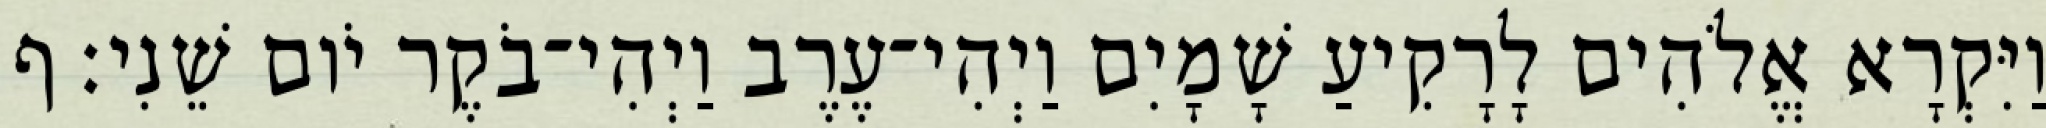
וַיִּקְרָא אֱלֹהִים לָרָקִיעַ שָׁמָיִם וַיְהִי־עֶרֶב וַיְהִי־בֹקֶר יֹום שֵׁנִי׃ ף